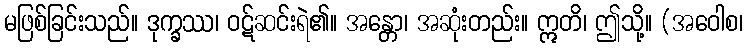
မဖြစ်ခြင်းသည်။ ဒုက္ခဿ၊ ဝဋ်ဆင်းရဲ၏။ အန္တော၊ အဆုံးတည်း။ ဣတိ၊ ဤသို့။ (အဝေါစ၊